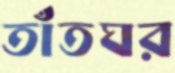
তাঁতঘর